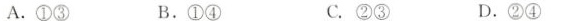
A.①③ B.①④ C.②③ D.②④